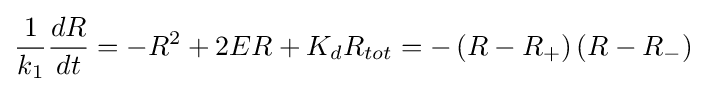
{\frac {1}{k_{1}}}{\frac {dR}{dt}}=-R^{2}+2ER+K_{d}R_{tot}=-\left(R-R_{+}\right)\left(R-R_{-}\right)